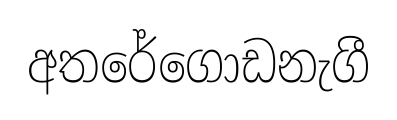
අතරේගොඩනැගී